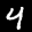
Label: 4